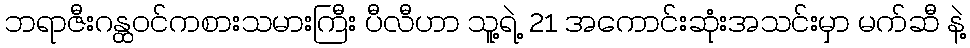
ဘရာဇီးဂန္ထဝင်ကစားသမားကြီး ပီလီဟာ သူ့ရဲ့ 21 အကောင်းဆုံးအသင်းမှာ မက်ဆီ နဲ့